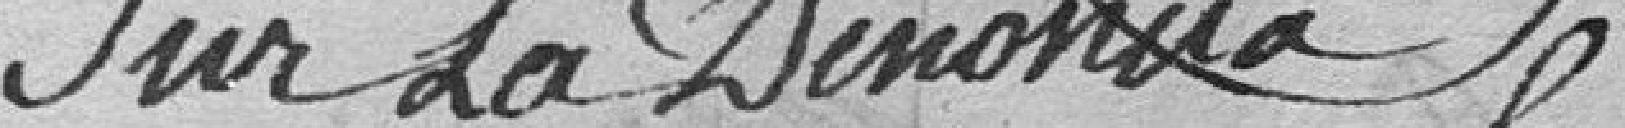
sur la dénonci-